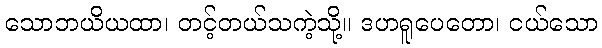
သောဘယိယထာ၊ တင့်တယ်သကဲ့သို့။ ဒဟရူပေတော၊ ငယ်သော